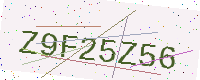
Text: Z9F25Z56